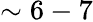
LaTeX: \sim 6-7